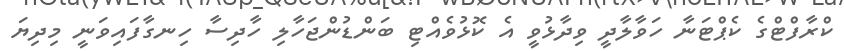
ކްރާފްޓްގެ ކެޕްޓަނާ ހަވާލާދީ ވިދާޅުވީ އެ ކޮޅުވެއްޓި ބަންޑުންޖަހާލި ހާދިސާ ހިނގާފައިވަނީ މިދިޔަ